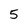
Character: 5